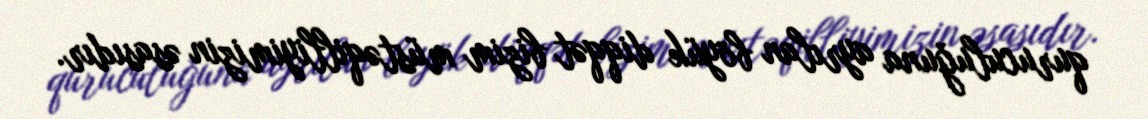
quruculuğuna ayrılan böyük diqqət bizim müstəqilliyimizin əsasıdır.